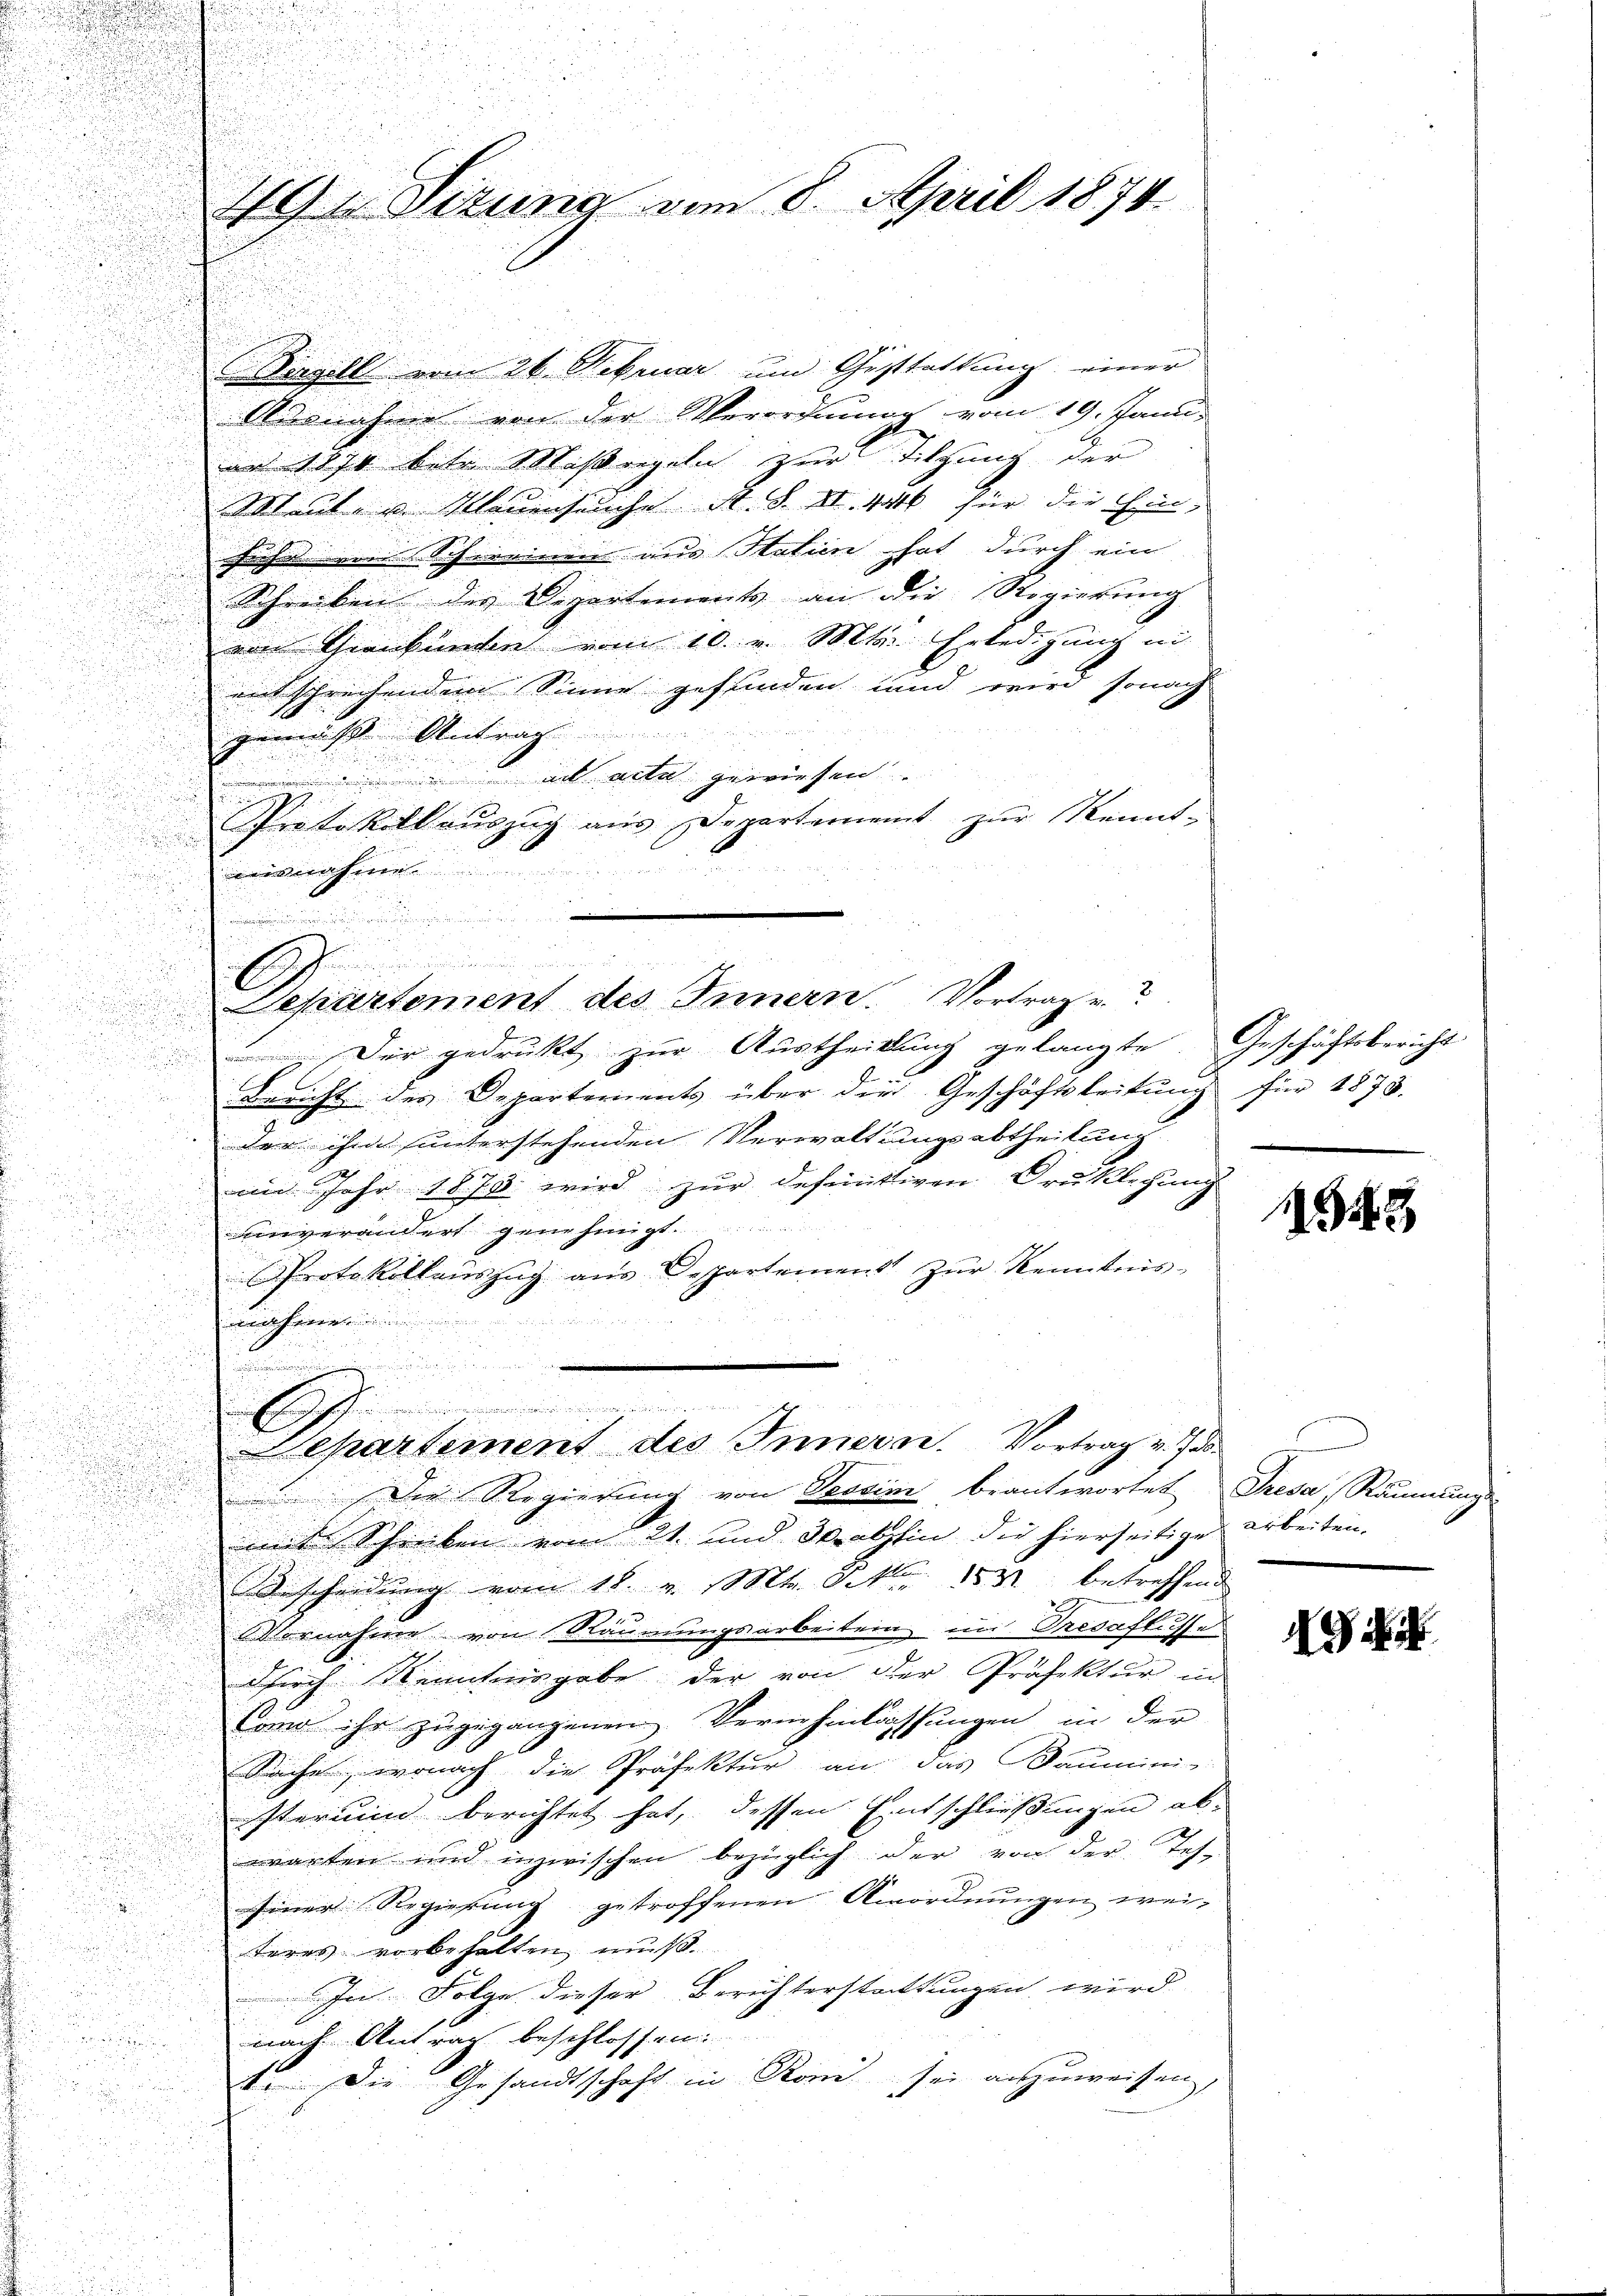
49. Sitzung vom 8. April 1874

Siegell vom 26. Februar um Gestattung einer
Adesnahme von der Verorchmung vom 19. Janu
an 1874 betr. Massregeln zur Tilgung der
Mlaut u. Mauenseuche A. S. II 440 für die Ein-
suche vom Schweinem aus Statien hat durch ein
Schreiben des Departements an die Regierung
von Trankunden vom 10. v. Mts. Erledigung in
entschrechendem Sinne gefunden und wird sonach

gemäß Antrag
.

5
acta gewiesen.

n
.
n
u
Protokoll auszug aus Departement zur Kennt-

dhei
.
e

a

Departement des Innern. Vortragen?

u
Der gedruckt zur Austheilung gelangte

Bericht des Departements über die Geschäftsleitung für 1873.
der ihm unterstehenden Verwaltungsabtheilung
im Jahr 1873 wird zur definitiven Druklegung

e
anverändert gene hingt

Protokollauszug aus Departemens zŭr Kenntnis
d

nahme
.
u

Die Regierung von Sessini beantwortet Gresa, Räumungs-
mit Schreiben vom 21. und 3 abhin die hierseitige arbeiten.
Bescheidŭng vom 18. v. Mts. S. 1531 betreffend
Vornahme von Räumungsarbeitein in Redaflusse
durch Kenntnisgabe der von der Präfektur in
Como ihr zugegangenen Vermhmlassungen in der
Sache, wonach die Präfektur an das Baumini-
sterium berichtet hat, dessen Entschließungen abwarten und inzwischen bezüglich der von der Tes-
2
Einer Regierung getroffenen Anordnungen wei¬

teres vorbehalten muß.
In Folge dieser Berichterstattungen wird

nach Antrag beschlossen

. Die Gesandtschaft in Roni sei anzuweisen,

.
Separtement des Innern. Vortrag v. Js

Geschäftsbericht

1543

N.